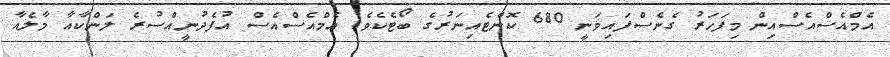
އެމްއެސްއެސްއިން މިފަހަރު ގެނެސްފައިވަނީ 680 ކޮންޓެއިނަރުގެ ބޯޓެކެވެ. އެމްއެސްއެސް އުފެދުނީއްސުރެ ލަންކާއާ މާލެއާ